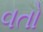
વતો